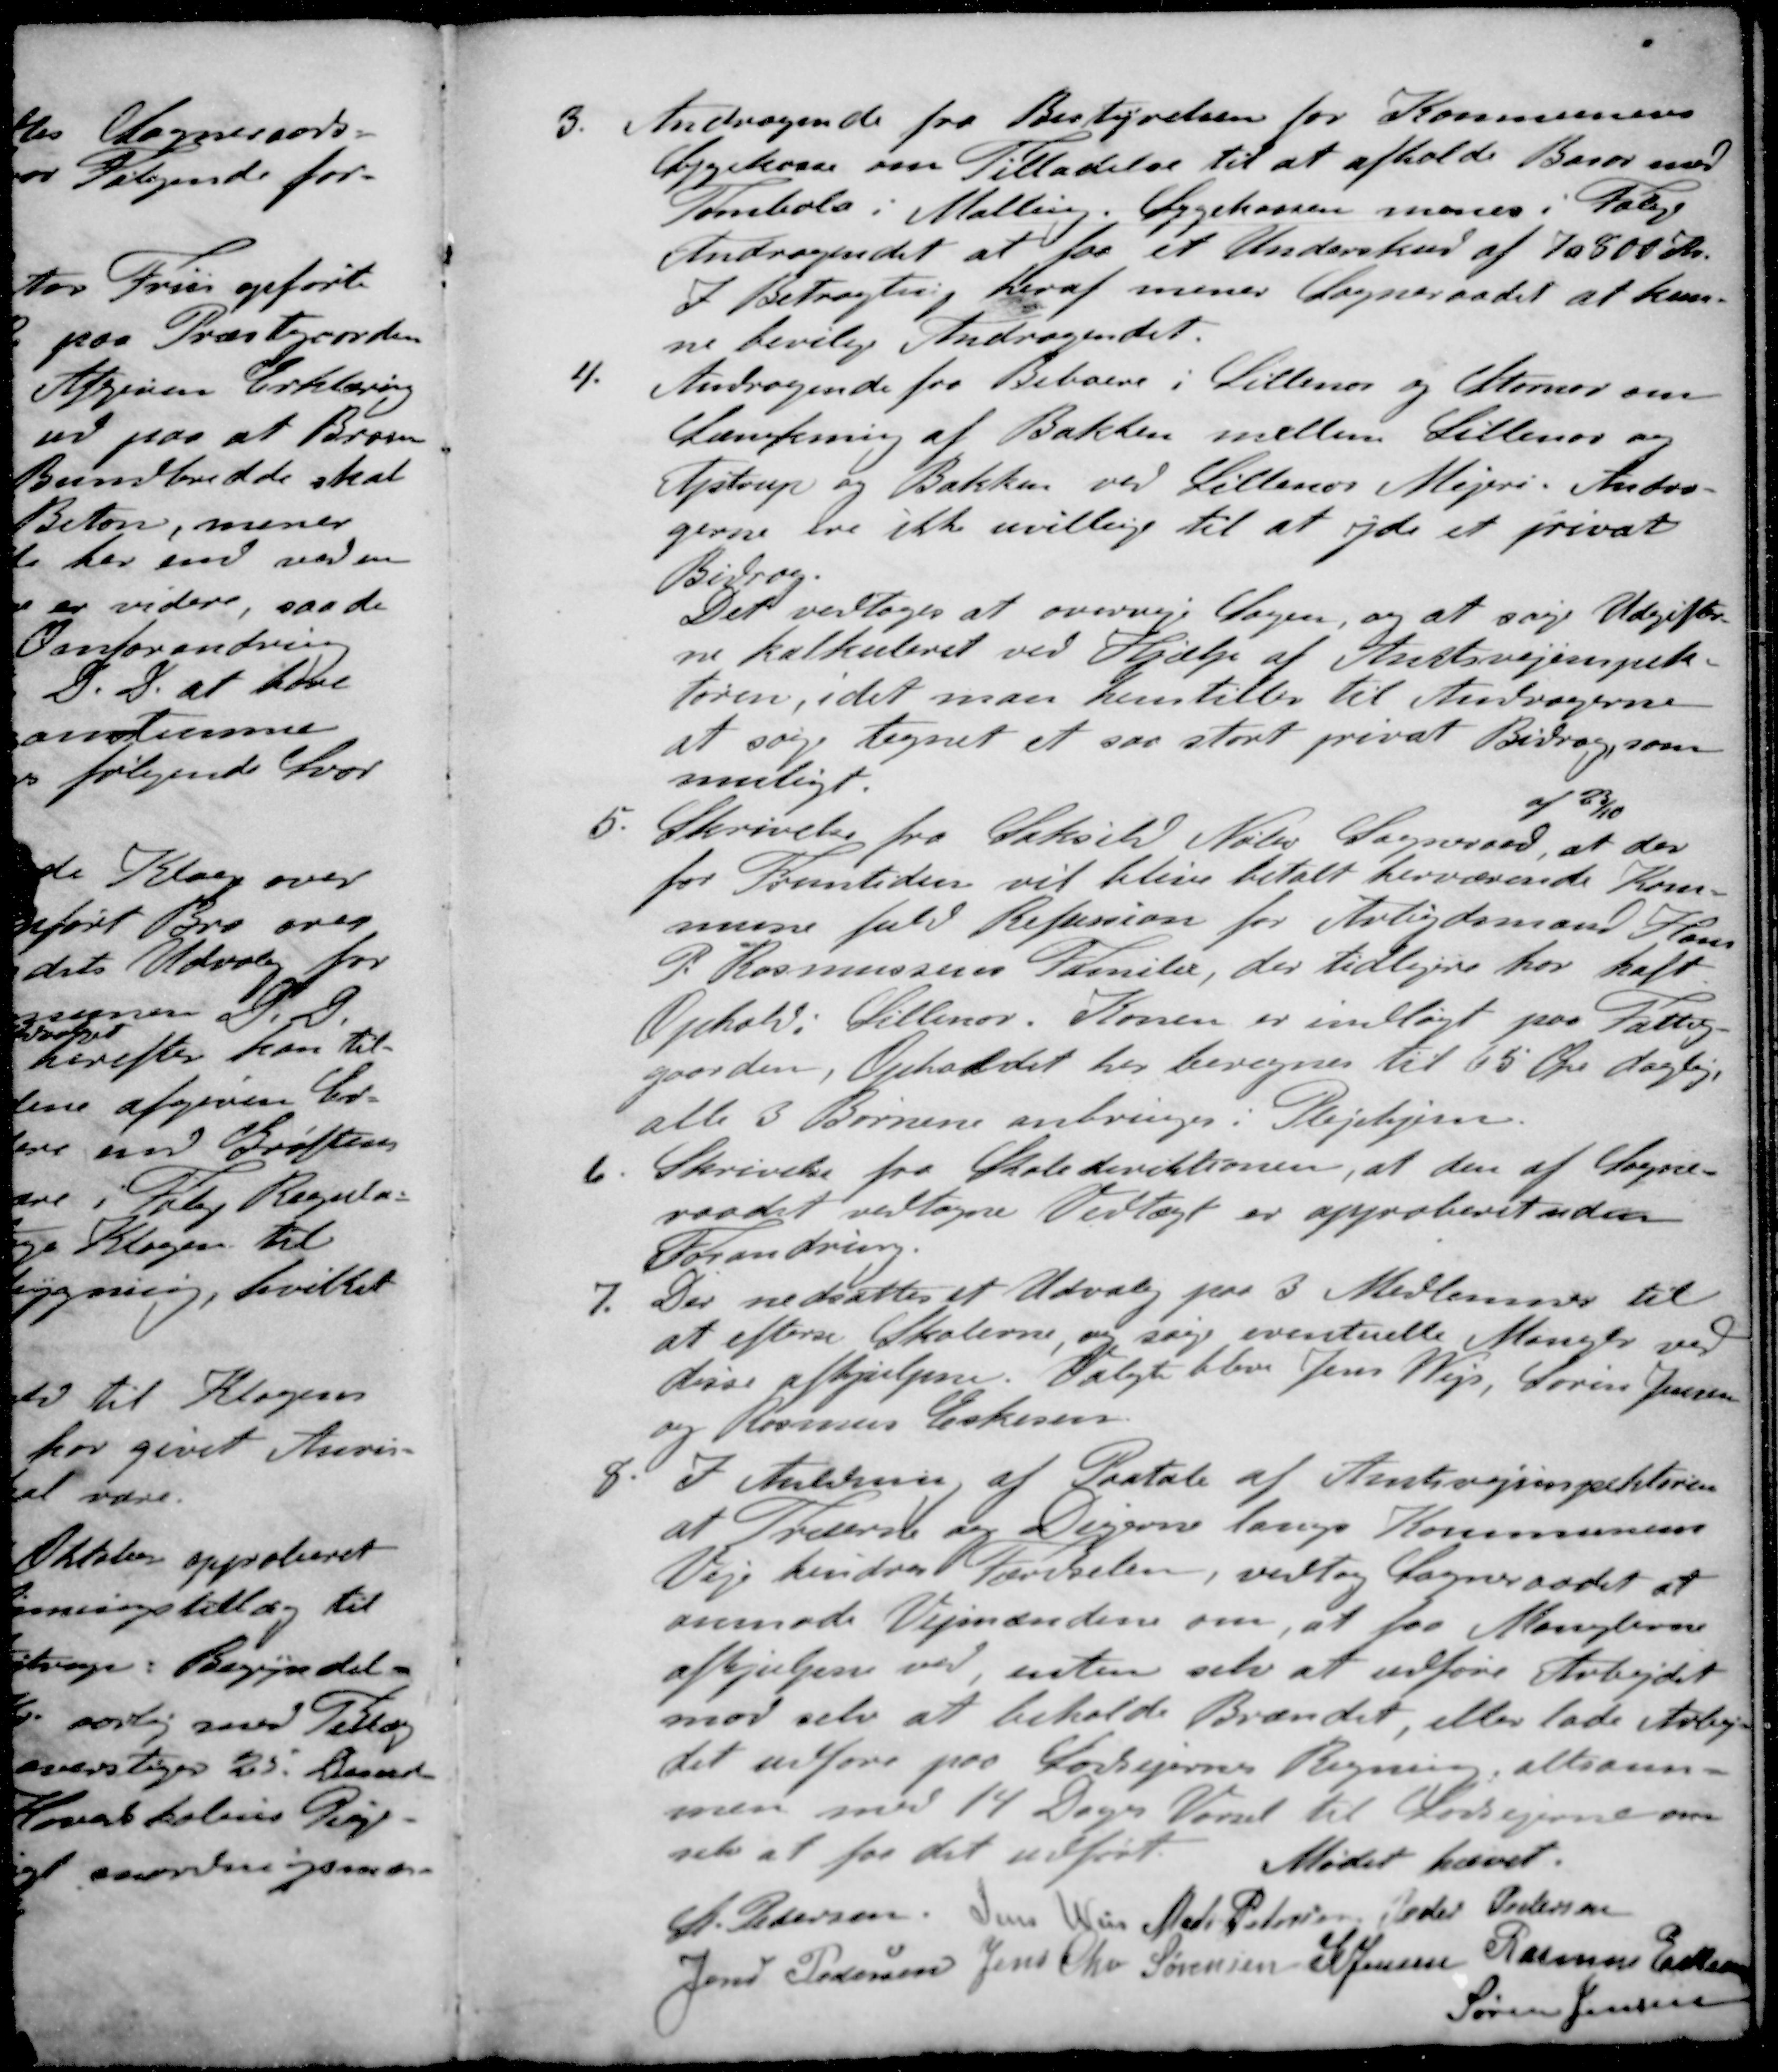
Transskription:
3. Andragende fra Bestyrelsen for Kommunens
Sygekasse om Tilladelse til at afholde Basar med
Tombola i Malling. Sygekassen menes i Følge
Andragendet at faa et Underskud af 70.800 Kr.
I Betragting heraf mener Sogneraadet at kun-
ne bevilge Andragendet.
4. Andragende fra Beboere i Lillenor og Stornor om
Sænkning af Bakken mellem Lillenor og
Ajstrup og Bakken ved Lillenor Mejeri. Andra-
gerne er ikke uvillige til at yde et privat
Bidrag.
Det vedtoges at overveje Sagen, og at søge Udgifter-
ne kalkuleret ved Hjælp af Amtsvejinspek-
tøren, idet man henstiller til Andragerne
at søge tegnet et saa stort privat Bidrag, som
muligt.
af 23/10
5. Skrivelse fra Saksild Nølev Sogneraad, at der
for Fremtiden vil blive betalt herværende Kom-
mune fuld Refussion for Arbejdsmand Hans
P. Rasmussens Familie, der tidligere har haft.
Ophold i Lillenor. Konen er indlagt paa Fattig-
gaarden, Opholdet her beregnes til 65 Øre daglige
alle 3 Børnene anbringes i Plejehjem.
6. Skrivelse fra Skoledirektionen, at den af Sogne-
raadet vedtagne Vedtægt er approberet uden
Forandring.
7. Der nedsattes et Udvalg paa 3 Medlemmer til
at efterse Skolerne, og sig eventuelle Mangler ved
disse afhjulpne. Valgt blev Jens Wejs, Søren Jensen
og Rasmus Eskesen
8. I Anledning af Paatale af Amtsvejinspektøren
at Træerne og Degen langs Kommunens
Veje hindrer Færdselen, vedtog Sogneraadet at
anmode Vejmændene om, at faa Manglerne
afhjulpen ved, enten selv at udføre Arbejdet
mod selv at beholde Brændet, eller lade Arbej-
det udføre paa Lodsejernes Regning, altsam-
men med 14 Dages Varsel til Lodsejerne om
selv at faa det udført
Mødet hævet.
St Pedersen
Jens Weis
Mads Petersen
Peder Pedersen
Jens Pedersen
Jens Chr Sørensen
S Jensen
Rasmus Eskesen
Søren Jensen